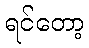
ရင်တော့